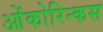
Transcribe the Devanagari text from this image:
ओंकोरिन्कस